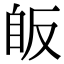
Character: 𦤇